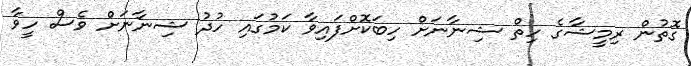
ގޮތުން ރިމީޝާގެ ހިތް ޝިނާނަށް ހިބަކޮށްފައިވާ ކަމުގައި ހުދު ޝިނާނަށް ވެސް ހީވާ